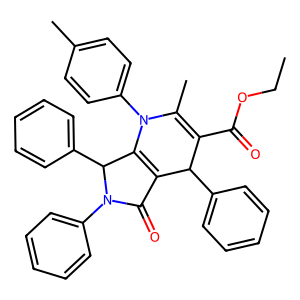
SMILES: CCOC(=O)C1=C(C)N(c2ccc(C)cc2)C2=C(C(=O)N(c3ccccc3)C2c2ccccc2)C1c1ccccc1
Inhibits HIV replication: No